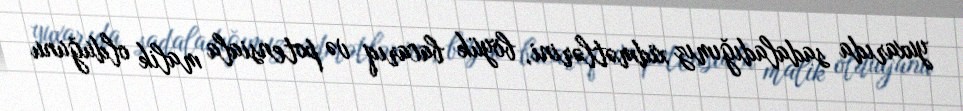
yuxarıda sadaladığımız xidmətlərini, böyük bacarıq və potensiala malik olduğunu